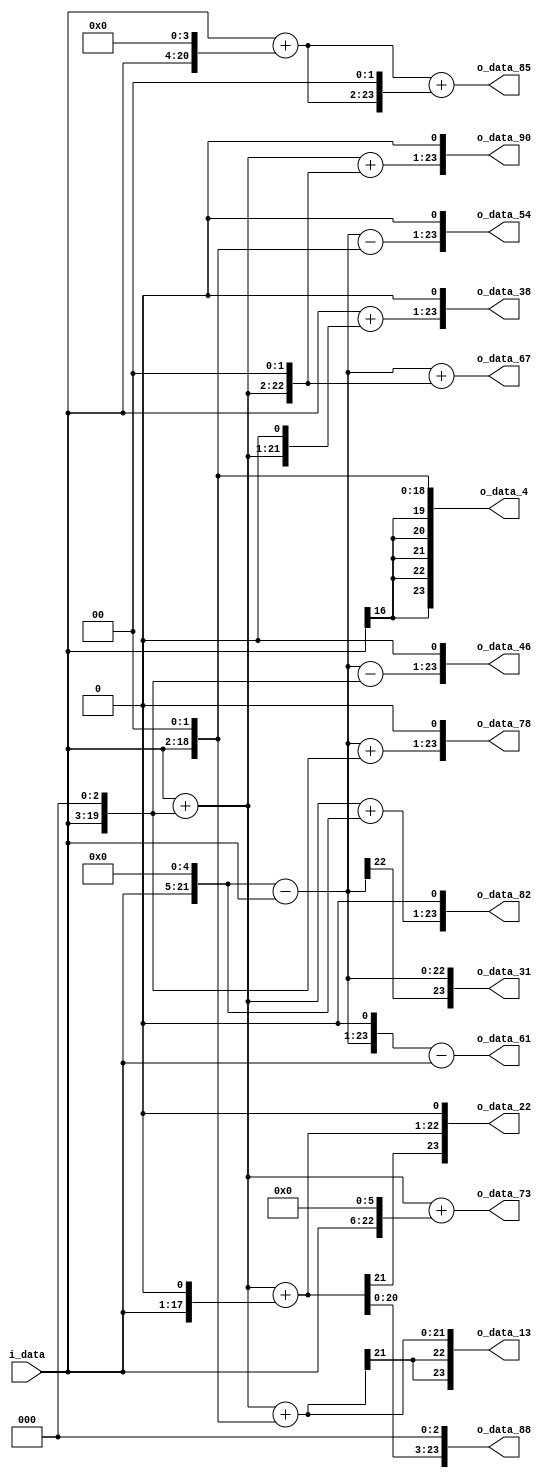
module spiral_16(
          i_data,
          
        o_data_4,
        o_data_13,
        o_data_22,
        o_data_31,
        o_data_38,
        o_data_46,
        o_data_54,
        o_data_61,
        o_data_67,
        o_data_73,
        o_data_78,
        o_data_82,
        o_data_85,
        o_data_88,
        o_data_90
);

// ********************************************
//                                             
//    INPUT / OUTPUT DECLARATION                                               
//                                                                             
// ********************************************             
input  signed [16:0]   i_data;
output signed [16+7:0] o_data_4;
output signed [16+7:0] o_data_13;
output signed [16+7:0] o_data_22;
output signed [16+7:0] o_data_31;
output signed [16+7:0] o_data_38;
output signed [16+7:0] o_data_46;
output signed [16+7:0] o_data_54;
output signed [16+7:0] o_data_61;
output signed [16+7:0] o_data_67;
output signed [16+7:0] o_data_73;
output signed [16+7:0] o_data_78;
output signed [16+7:0] o_data_82;
output signed [16+7:0] o_data_85;
output signed [16+7:0] o_data_88;
output signed [16+7:0] o_data_90;
// ********************************************
//                                             
//    WIRE DECLARATION                                               
//                                                                             
// ********************************************
wire signed [23:0]	w1,
					w32,
					w31,
					w8,
					w23,
					w4,
					w27,
					w39,
					w62,
					w61,
					w9,
					w2,
					w11,
					w13,
					w18,
					w19,
					w41,
					w36,
					w45,
					w67,
					w64,
					w73,
					w16,
					w17,
					w68,
					w85,
					w22,
					w38,
					w46,
					w54,
					w78,
					w82,
					w88,
					w90;
// ********************************************
//                                             
//    Combinational Logic                      
//                                             
// ********************************************
assign w1 = i_data;
assign w32 = w1 << 5;
assign w31 = w32 - w1;
assign w8 = w1 << 3;
assign w23 = w31 - w8;
assign w4 = w1 << 2;
assign w27 = w31 - w4;
assign w39 = w31 + w8;
assign w62 = w31 << 1;
assign w61 = w62 - w1;
assign w9 = w1 + w8;
assign w2 = w1 << 1;
assign w11 = w9 + w2;
assign w13 = w9 + w4;
assign w18 = w9 << 1;
assign w19 = w1 + w18;
assign w41 = w9 + w32;
assign w36 = w9 << 2;
assign w45 = w9 + w36;
assign w67 = w31 + w36;
assign w64 = w1 << 6;
assign w73 = w9 + w64;
assign w16 = w1 << 4;
assign w17 = w1 + w16;
assign w68 = w17 << 2;
assign w85 = w17 + w68;
assign w22 = w11 << 1;
assign w38 = w19 << 1;
assign w46 = w23 << 1;
assign w54 = w27 << 1;
assign w78 = w39 << 1;
assign w82 = w41 << 1;
assign w88 = w11 << 3;
assign w90 = w45 << 1;    

assign  o_data_4= w4;
assign  o_data_13=w13;
assign  o_data_22=w22;
assign  o_data_31=w31;
assign  o_data_38=w38;
assign  o_data_46=w46;
assign  o_data_54=w54;
assign  o_data_61=w61;
assign  o_data_67=w67;
assign  o_data_73=w73;
assign  o_data_78=w78;
assign  o_data_82=w82;
assign  o_data_85=w85;
assign  o_data_88=w88;
assign  o_data_90=w90;

endmodule